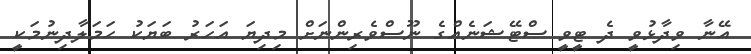
އޭނާ ވިދާޅުވީ ދެ ޓީވީ ސްޓޭޝަނެއްގެ ނޫސްވެރިންނަށް މިދިޔަ އަހަރު ބަޔަކު ހަމަލާދިނުމަކީ